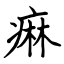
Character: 痲